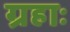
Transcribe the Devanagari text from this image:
ग्रहाः